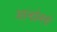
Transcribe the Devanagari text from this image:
आन्दोलनो